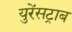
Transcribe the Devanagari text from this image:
युरेंसट्राब